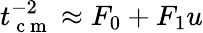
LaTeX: t_{\mathrm{~c~m~}}^{-2}\approx F_{0}+F_{1}u